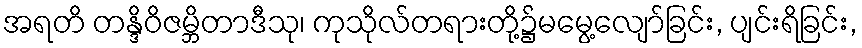
အရတိ တန္ဒိဝိဇမ္ဘိတာဒီသု၊ ကုသိုလ်တရားတို့၌မမွေ့လျော်ခြင်း, ပျင်းရိခြင်း,